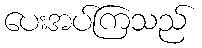
ပေးအပ်ကြသည်